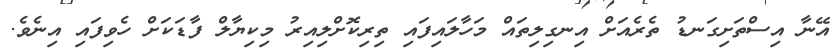
އޭނާ އިސްތަށިގަނޑު ތެރެއަށް އިނގިލިތައް މަހާލައިފައި ތިރިކޮށްލިއިރު މިކިޔާލް ފާޑަކަށް ހެވިފައި އިނެވެ.